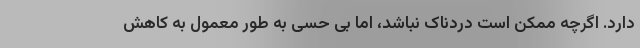
دارد. اگرچه ممکن است دردناک نباشد، اما بی حسی به طور معمول به کاهش